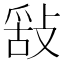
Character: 𢽿